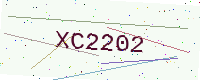
Text: XC2202